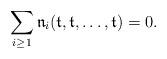
LaTeX: \begin{align*} \sum_{i \geq 1} \mathfrak{n}_i (\mathfrak{t}, \mathfrak{t}, \ldots, \mathfrak{t}) =0. \end{align*}